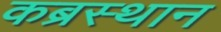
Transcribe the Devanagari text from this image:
कब्रस्थान